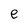
Character: e